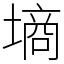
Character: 墒